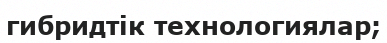
гибридтік технологиялар;